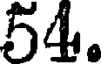
54.